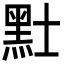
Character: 𪐢